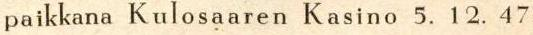
paikkana Kulosaaren Kasino 5.12.47